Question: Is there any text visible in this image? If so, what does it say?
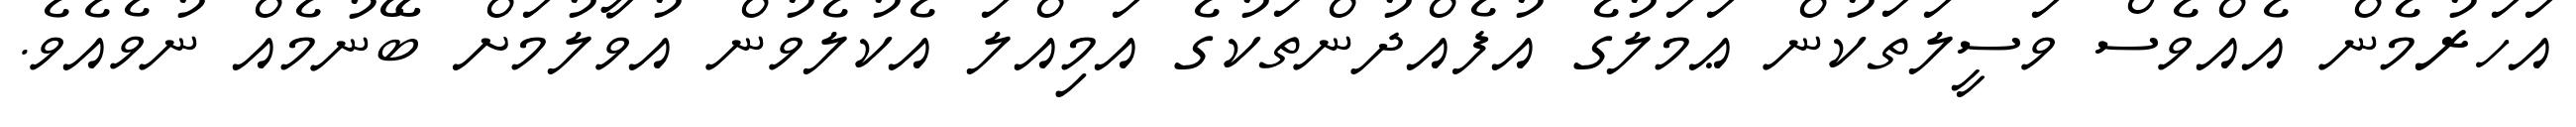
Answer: އަހަރުމެން އެއްވެސް ވަސީލަތަކުން ޢަމަލުގެ އުފެއްދުންތަކުގެ އަމިއްލަ އެކުލެވުން އުވާލުމަށް ބޭނުމެއް ނުވެއެވެ.